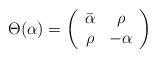
LaTeX: \begin{align*} \Theta(\alpha) = \left( \begin{array}{cc} \bar{\alpha} & \rho \\ \rho & -\alpha \\ \end{array} \right)\end{align*}